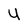
Character: U